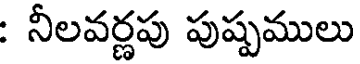
: నీలవర్ణపు పుష్పములు